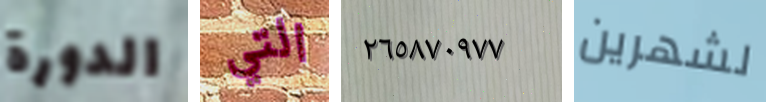
الدورة التي ٢٦٥٨٧٠٩٧٧ لشهرين